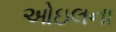
ઓઇલના